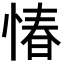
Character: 𢝣